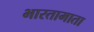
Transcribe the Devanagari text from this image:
भारतामाता